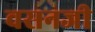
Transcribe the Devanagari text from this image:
वसनजी